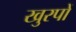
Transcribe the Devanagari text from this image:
खुरपों